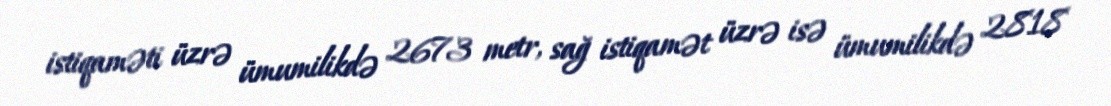
istiqaməti üzrə ümumilikdə 2673 metr, sağ istiqamət üzrə isə ümumilikdə 2818